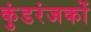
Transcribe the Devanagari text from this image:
कुंडरंजकों